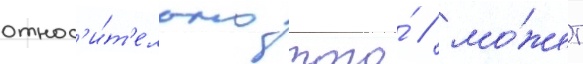
относ'и́т'ельно того́ / мо́жет